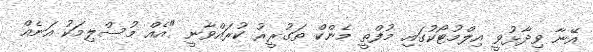
އޭނާ ވިދާޅުވީ އިލްމުޓޯކުގައި މުފްތީ މެންކް ތަގުރީރު ކުރައްވާނީ "އެއް މުސްލިމަކު އަނެއް